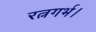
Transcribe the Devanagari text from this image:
रत्नगर्भ।